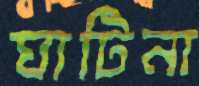
ঘাটিনা